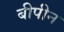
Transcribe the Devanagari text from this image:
बीपीन